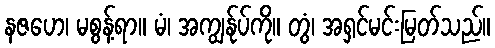
နဇဟေ၊ မစွန့်ရာ။ မံ၊ အကျွန်ုပ်ကို။ တွံ၊ အရှင်မင်းမြတ်သည်။